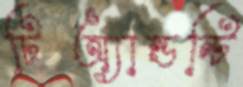
টিঅ্যান্ডন্টি